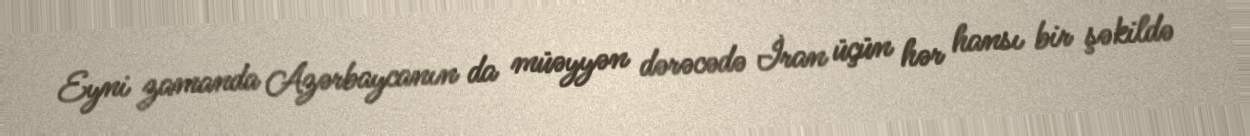
Eyni zamanda Azərbaycanın da müəyyən dərəcədə İran üçün hər hansı bir şəkildə